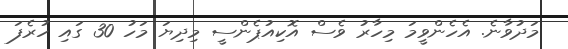
މަދުވާނެ. އެހެންވީމަ މިހާރު ވެސް އޮކިއުޕެންސީ މިދިޔަ މަހު 30 ގައި ހުރެފަ